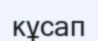
кұсап